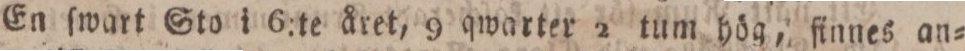
En ſwart Sto i 6:te året, 9 qwarter 2 tum hög, finnes an=